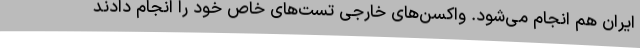
ایران هم انجام می‌شود. واکسن‌های خارجی تست‌های خاص خود را انجام دادند